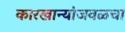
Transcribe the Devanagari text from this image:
कारखान्यांजवळचा